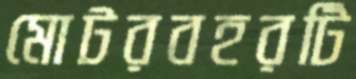
মোটরবহরটি